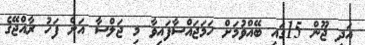
އަދި ޖޫން 15ގައި ބޭއްވުމަށް ހަމަޖައްސާފައިވާ މި ޖަލްސާ އަށް ފަހު ރާއްޖޭގެ